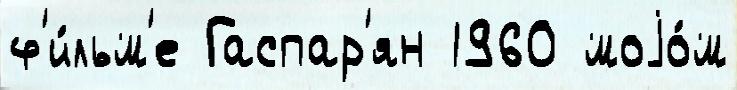
ф'и́льм'е Гаспар'ян 1960 моjо́м